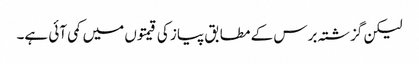
لیکن گزشتہ برس کے مطابق پیاز کی قیمتوں میں کمی آئی ہے۔